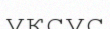
уксус